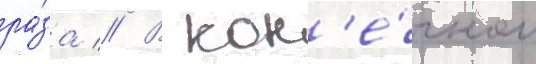
ра́за // В кон'е́чном